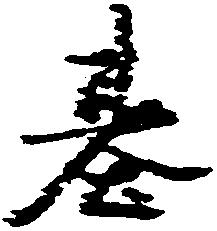
基